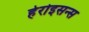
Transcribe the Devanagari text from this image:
हेरोइसन्स